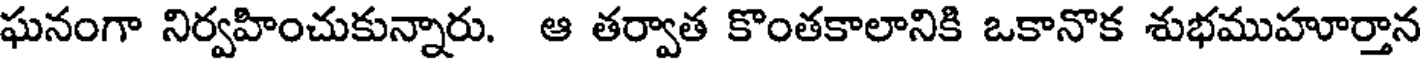
ఘనంగా నిర్వహించుకున్నారు. ఆ తర్వాత కొంతకాలానికి ఒకానొక శుభముహూర్తాన